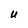
Character: U